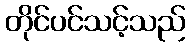
တိုင်ပင်သင့်သည်